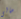
مالى